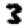
Digit: 3